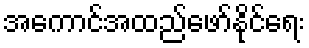
အကောင်အထည်ဖော်နိုင်ရေး